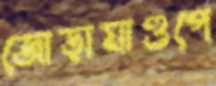
জোড়ামাণ্ডপে